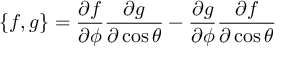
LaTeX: \{ f , g \} = \frac { \partial f } { \partial \phi } \frac { \partial g } { \partial \cos \theta } - \frac { \partial g } { \partial \phi } \frac { \partial f } { \partial \cos \theta }